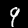
Label: 9